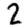
Digit: 2